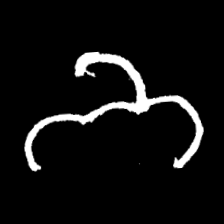
Pyu character \u2014 Myanmar letter: ဘ (romanized: bha)